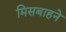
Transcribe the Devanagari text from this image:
मिसबाहने